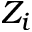
Z _ { i }